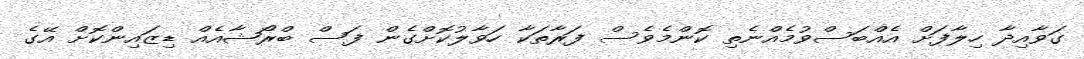
ގަވާއިދާ ހިލާފަށް އެއްބަސްވުމެއްނެތި ކޮންމެވެސް ފަރާތަކާ ހަވާލުކޮށްގެން ފަސް ބްރޯޝާއެއް ޑިޒައިންކޮށް އޭގެ